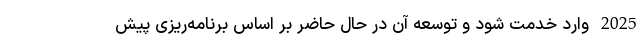
2025 وارد خدمت شود و توسعه آن در حال حاضر بر اساس برنامه‌ریزی پیش